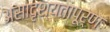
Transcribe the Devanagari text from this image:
असादृश्यतापूर्ण